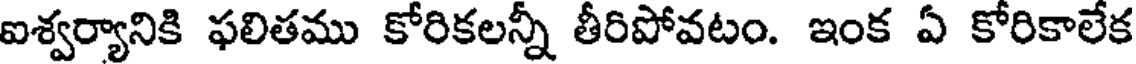
ఐశ్వర్యానికి ఫలితము కోరికలన్నీ తీరిపోవటం. ఇంక ఏ కోరికాలేక